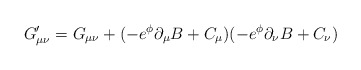
\begin{align*}G_{\mu\nu}^{\prime} = G_{\mu\nu}+(-e^{\phi}\partial_{\mu}B+C_{\mu})(-e^{\phi}\partial_{\nu}B+C_{\nu})\end{align*}